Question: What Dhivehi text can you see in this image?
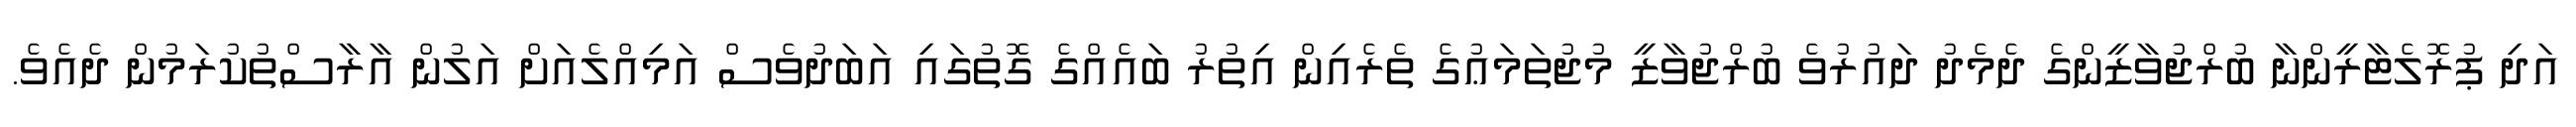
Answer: އަދި ޕުރޮލެޓާރީންނާ ބުރްޖުވާޒީންގެ ދެމެދު ދައުރުވެ ބުރްޖުވާޒީ މުޖުތަމަޢުގެ ތެރެއިން އިތުރު ބައެއްގެ ގޮތުގައި އަބަދުވެސް އަމިއްލެއަށް އަލުން އާރާސްތުކުރަމުން ދެއެވެ.